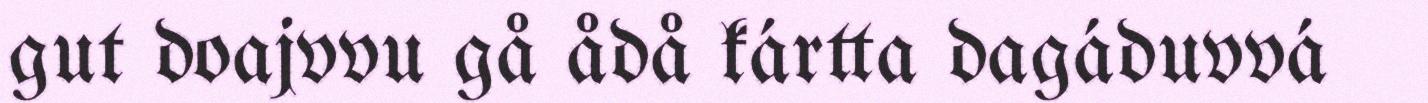
gut doajvvu gå ådå kártta dagáduvvá